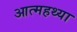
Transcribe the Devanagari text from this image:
आत्महथ्या